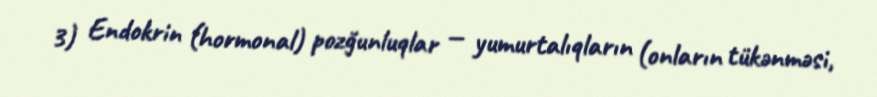
3) Endokrin (hormonal) pozğunluqlar — yumurtalıqların (onların tükənməsi,